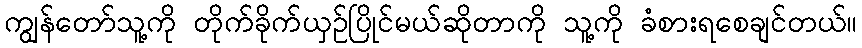
ကျွန်တော်သူ့ကို တိုက်ခိုက်ယှဉ်ပြိုင်မယ်ဆိုတာကို သူ့ကို ခံစားရစေချင်တယ်။